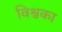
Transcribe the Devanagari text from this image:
विश्वका